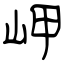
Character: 岬